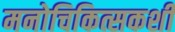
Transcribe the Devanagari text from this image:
मनोचिकित्सकशी